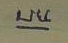
บน